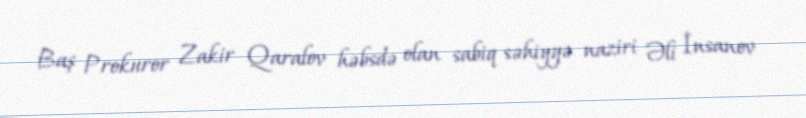
Baş Prokuror Zakir Qaralov həbsdə olan sabiq səhiyyə naziri Əli İnsanov